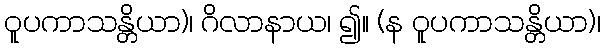
ဝူပကာသန္တိယာ)၊ ဂိလာနာယ၊ ၍။ (န ဝူပကာသန္တိယာ)၊